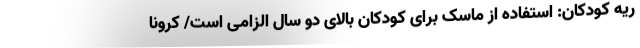
ریه کودکان: استفاده از ماسک برای کودکان بالای دو سال الزامی است/ کرونا